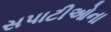
સપાટીઓના